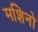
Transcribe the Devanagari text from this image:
मशिनो